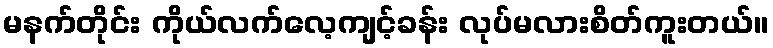
မနက်တိုင်း ကိုယ်လက်လေ့ကျင့်ခန်း လုပ်မလားစိတ်ကူးတယ်။